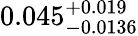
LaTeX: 0.045_{-0.0136}^{+0.019}